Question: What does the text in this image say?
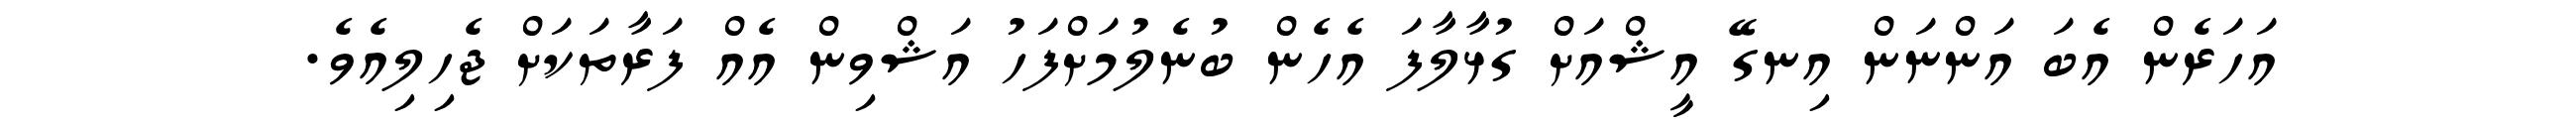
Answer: އަހަރެން އެބަ އަންނަން އިނގޭ އީޝްއަށް ގުޅާލާފަ އެހެން ބުނެލުމަށްފަހު އަޝްވިން އެއް ފަރާތަކަށް ޖެހިލިއެވެ.